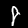
Digit: 8